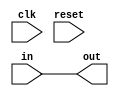
module synchronizer (
		input clk,
		input reset,
		input in,
		output out
	);

	parameter STAGES = 0;

	assign out = (STAGES>0) ? flops[STAGES-1] : in;

	reg [STAGES-1:0] flops;

	always @(posedge clk or posedge reset) begin

		if (reset) begin

			flops <= 0;

		end else begin

			if (STAGES>0)
				flops[0] <= in;

			if (STAGES>1)
				flops[STAGES-1:1] <= flops[STAGES-2:0];

		end

	end

endmodule